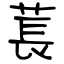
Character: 萇